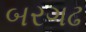
બરગઢ